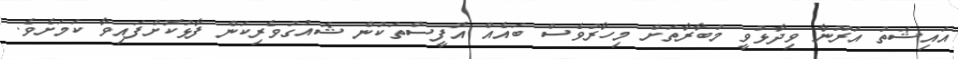
އައިޝަތު އަރޫނާ ވިދާޅުވީ މުބާރާތަށް މިހާރުވެސް ބައެއް އޮފީސްތަކުން ޝައުގުވެރިކަން ފާޅުކޮށްފައިވާ ކަމަށެވެ.